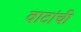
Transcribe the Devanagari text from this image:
वाटांची